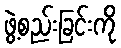
ဖွဲ့စည်းခြင်းကို